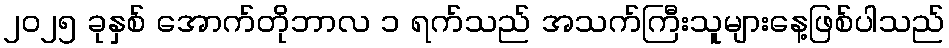
၂၀၂၅ ခုနှစ် အောက်တိုဘာလ ၁ ရက်သည် အသက်ကြီးသူများနေ့ဖြစ်ပါသည်